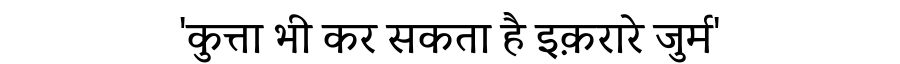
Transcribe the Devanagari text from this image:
'कुत्ता भी कर सकता है इक़रारे जुर्म'